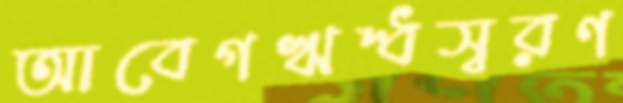
আবেগঋদ্ধস্বরণ